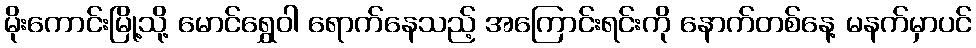
မိုးကောင်းမြို့သို့ မောင်ရွှေဝါ ရောက်နေသည့် အကြောင်းရင်းကို နောက်တစ်နေ့ မနက်မှာပင်